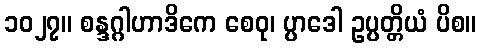
၁၀၂၇။ စန္ဒဂ္ဂါဟာဒိကေ စေဝု၊ ပ္ပာဒေါ ဥပ္ပတ္တိယံ ပိစ။